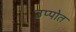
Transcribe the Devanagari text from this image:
उप्पोत